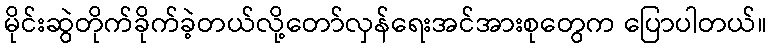
မိုင်းဆွဲတိုက်ခိုက်ခဲ့တယ်လို့တော်လှန်ရေးအင်အားစုတွေက ပြောပါတယ်။